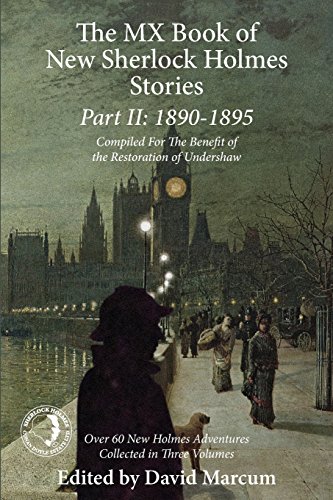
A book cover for The MX Book of New Sherlock Holmes Stories Part II: 1890 to 1895; Mystery, Thriller & Suspense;